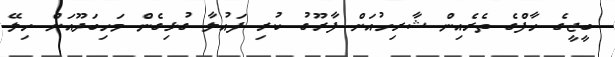
ބީޖީގެ ހާފްގެ ތެރެއިން ޝާރިހުއަށް ފާރޫގު ކުރި ފައުލާ ގުޅިގެން މަހިބަދޫއަށް ހިލޭ